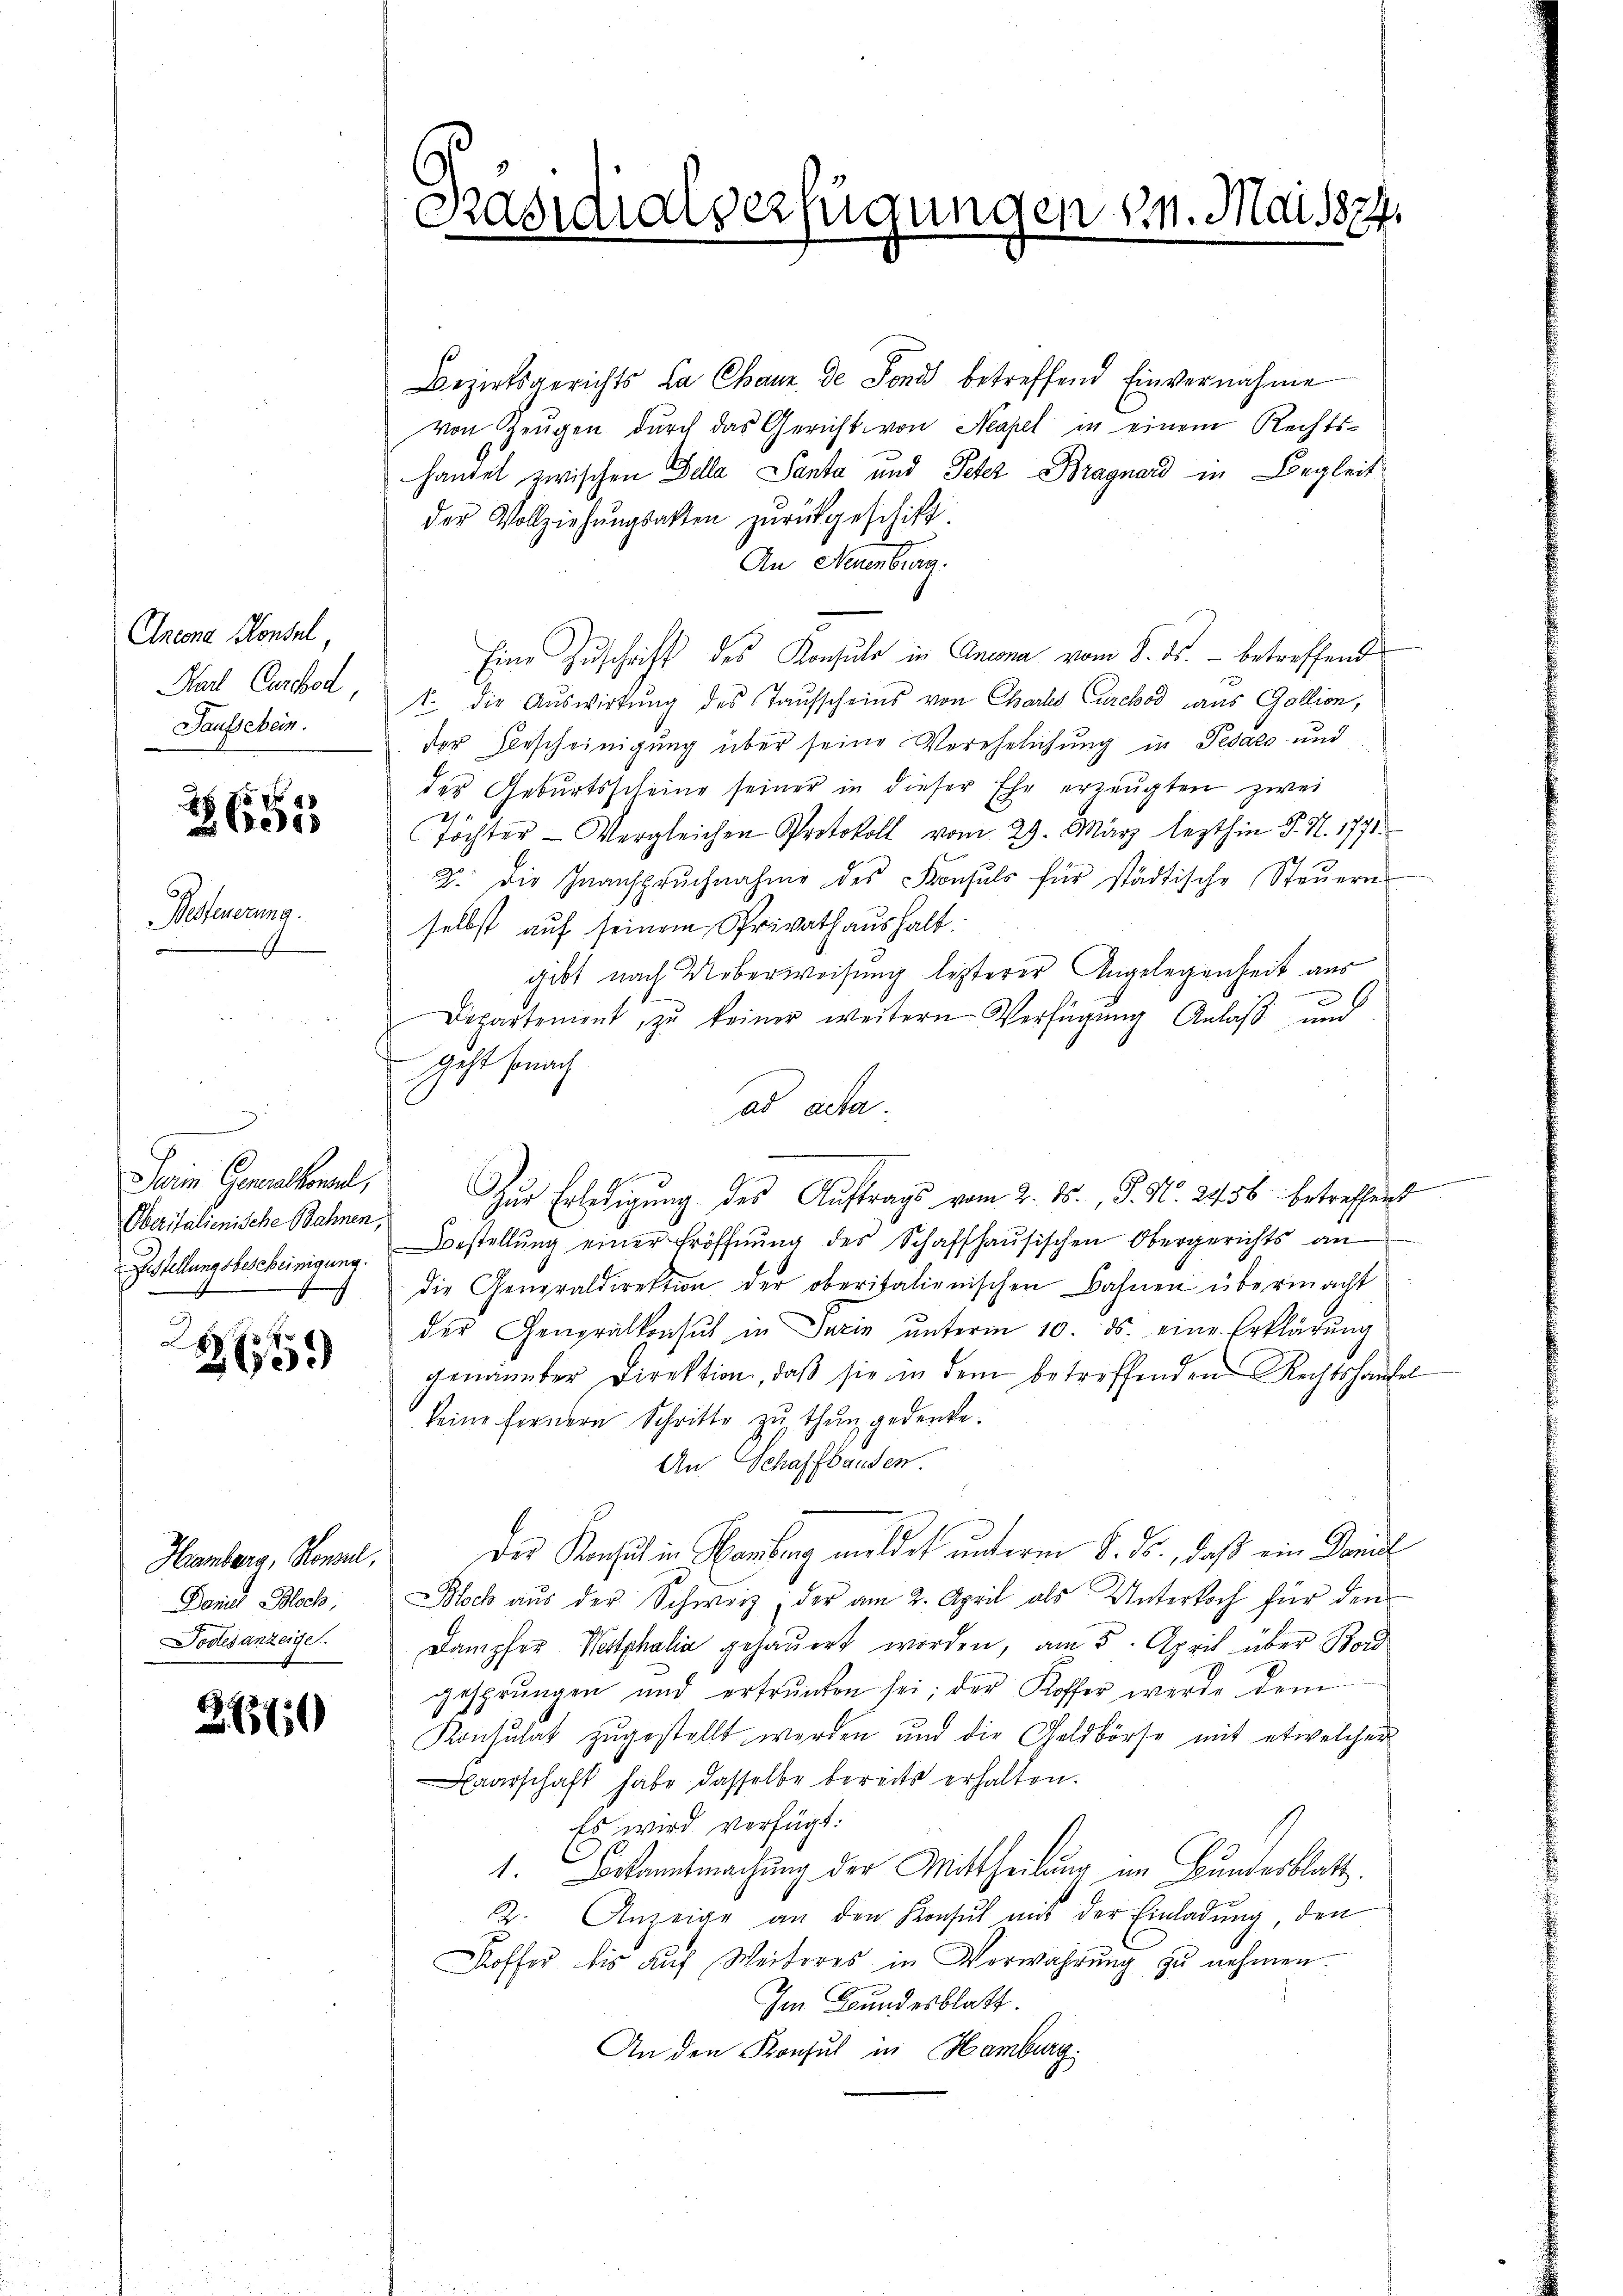
Ancona Konsul
Par Carbod,
Saufsehen.

x
2655

Befeuerung.

Sein Generalkonsel,
Oberitalienische Bahnen,

9
265.

Hamberg, Konsul,
Daniel Bloch,
Todesanzeige.

2660

Bezirksgerichts la Chaux de Fond betreffend Einvernahme
von Zeugen durch das Gericht von Neapel in einem Rechtshandel zwischen Sella Santa und Peter-Bragnard in Begleit
der Vollziehungsakten zurückgeschiff.
An Neuenburg.
Eine Zuschrift des Konsule in Ansona vom 8. ds. - betreffend
1. die Auswirkung des Taufscheins von Chartes Curchod aus Gollion,
der Bescheinigung über seine Verehelichung in Pedato und
der Geburtsscheine seiner in dieser Ehe erzeugten zwei
214
tochter Vergleichen Protokoll vom 29. März lezthin P. N. 1771.
2. die Inanspruchnahme des Konsuls für städtische Steŭerns
selbst auf seinem Privathaushalt
gibt nach Ueberweisung lezterer Angelegenheit aus
e
Departement, zu keiner weitern Verfügung Anlaß und
Geht sonach
ad acta.
Zur Erledigung des Auftrags vom 2. 15., S. N. 2456 betreffent
Zustellungsbescheinigung. Bestellŭng einer Eröffnŭng des Schaffhaŭsischen Obergerichts an
die Generaldirektion der oberitalienischen Bahnen übermacht
der Generalkonsul in darin ŭnterm 10. ds. eine Erklärŭng
genannter Direktion, daß sie in dem betreffenden Rechtshausel
keine fernern Schritte zu thun gedenke.
An Schaffhausen.
Der Konsul in Hamburg meldet unterm 8. ds., daß ein Daniel
Bock aŭs der Schweiz, der am 2. April als Unterkoch für den
Dampfer Westphalia gehauert worden, am 5. April über Bord
gesprungen und ertrunken sei; der Koffer werde dem
Konsulat zugestellt werden und die Geldbörse mit etwelcher
aarschaft habe dasselbe bereits erhalten.
Es wird verfügt:
1. Bekanntmachung der Mittheilung im Bundesblatt.
22. Anzeige an den Konsŭt mit der Einladŭng, den
Koffer bis auf Weiteres in Verwahrung zu nehmen.
Im Bundesblatt.
An den Konsul in Hamburg.

Präsidialverfügungen s. Mai 1874.